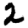
Digit: 2